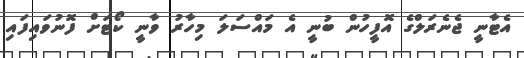
އެޓާނީ ޖެނެރަލްގެ އޮފީހުން ބުނީ އެ މައްސަލަ މިހާރު ވާނީ ކޯޓަށް ފޮނުުވައިފައި